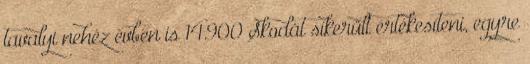
tavalyi nehéz évben is 14.900 Skodát sikerült értékesíteni, egyre